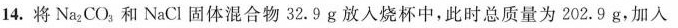
14.将Na_{2}CO_{3}和NaCl固体混合物32.9g放入烧杯中，此时总质量为202.9g，加入